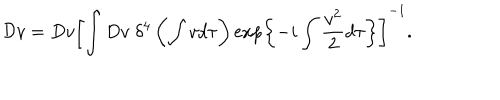
{ \cal D } v = D v \left[ \int D v \; \delta ^ { 4 } \left( \int v d \tau \right) \exp \left\{ - i \int \frac { v ^ { 2 } } { 2 } d \tau \right\} \right] ^ { - 1 } .